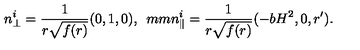
n _ { \perp } ^ { i } = \frac { 1 } { r \sqrt { f ( r ) } } ( 0 , 1 , 0 ) , \hspace * { 5 m m } n _ { \parallel } ^ { i } = \frac { 1 } { r \sqrt { f ( r ) } } ( - b H ^ { 2 } , 0 , r ^ { \prime } ) .